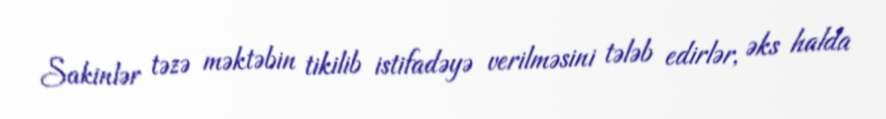
Sakinlər təzə məktəbin tikilib istifadəyə verilməsini tələb edirlər, əks halda